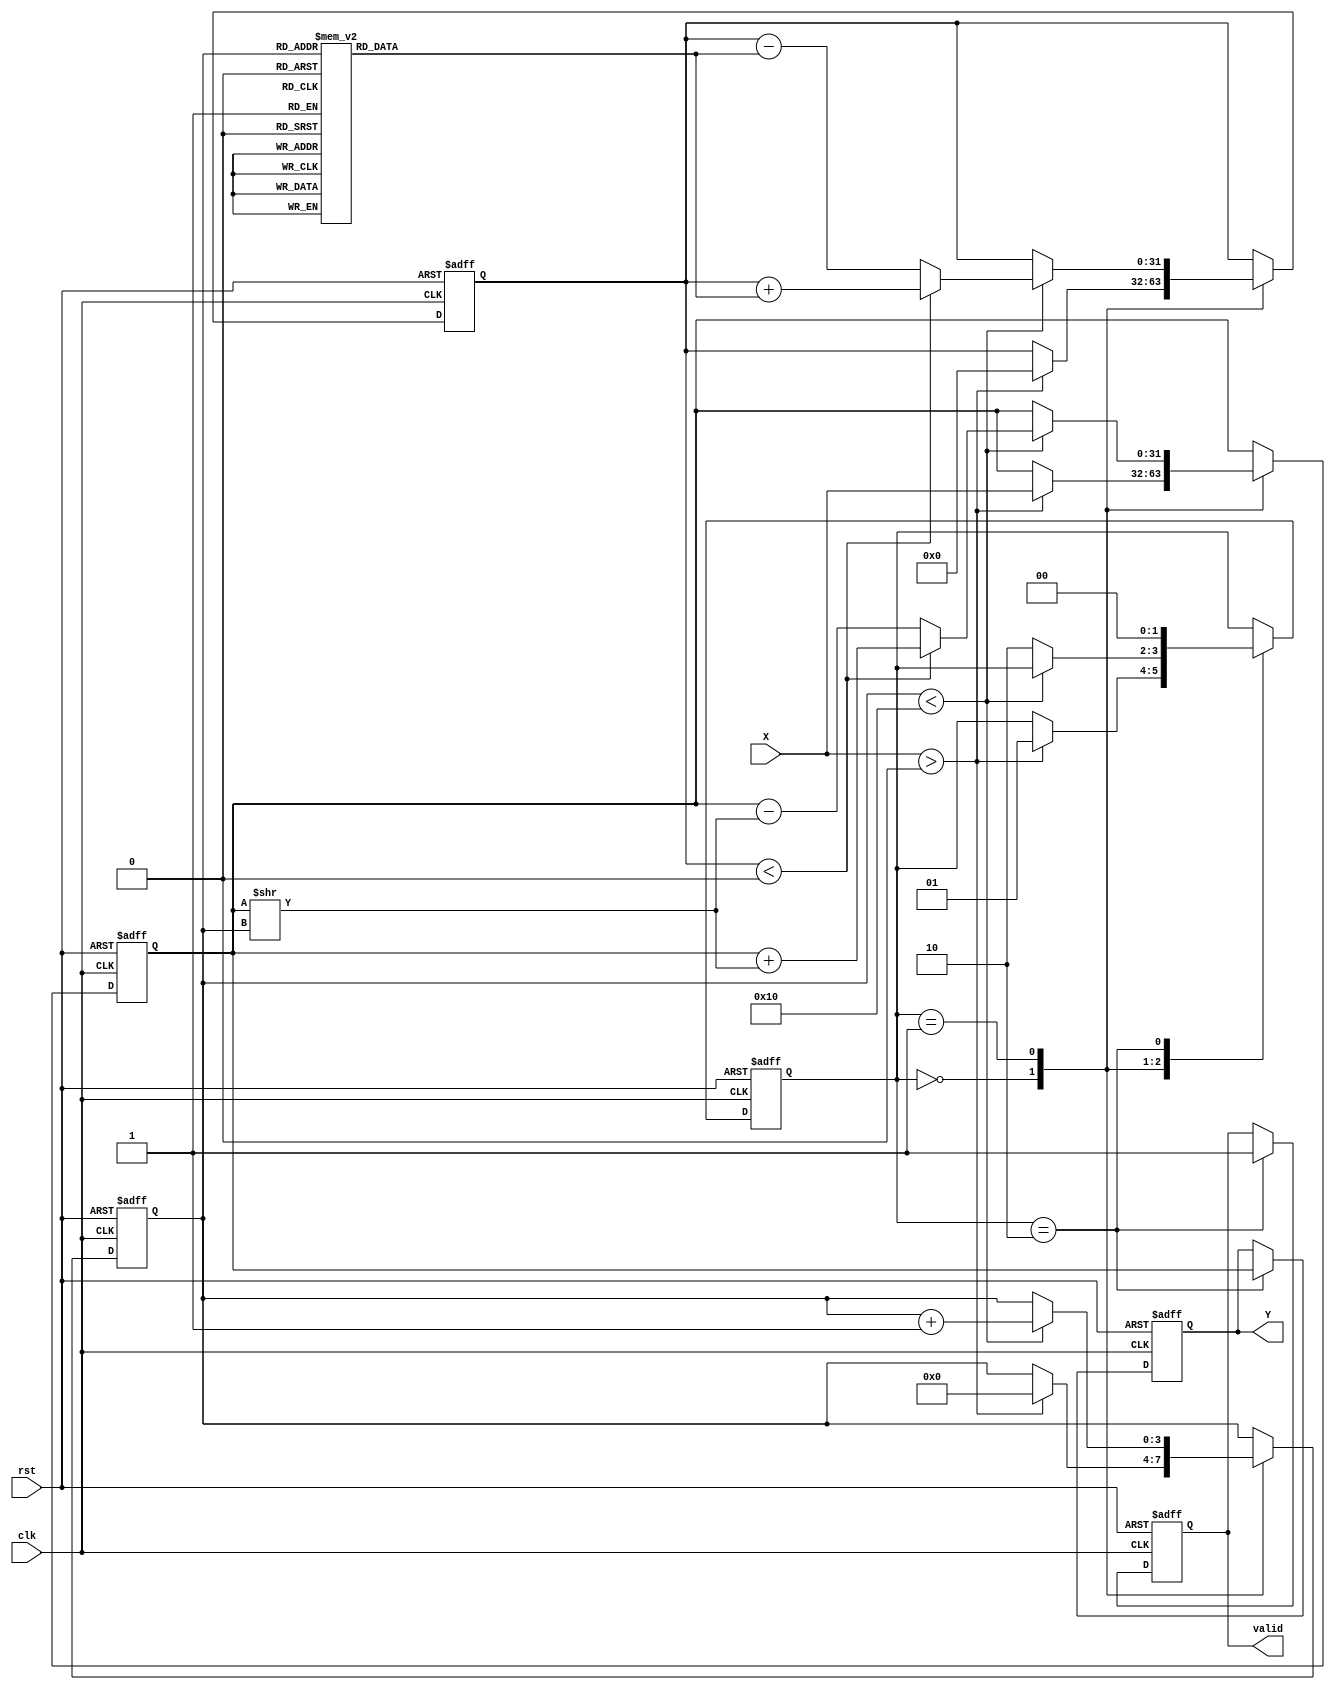
module cordic_sqrt (
    input wire clk,
    input wire rst,
    input wire [31:0] X,        // Input value for square root (positive fixed-point number)
    output reg [31:0] Y,        // Output square root result
    output reg valid            // Output valid signal
);
    
    parameter MAX_ITERATIONS = 16;  // Set the desired number of iterations for convergence
    
    reg [31:0] A;                 // Current approximation of the square root
    reg [31:0] Z;                 // Intermediate value (angle in CORDIC)
    reg [3:0] iter_count;         // Counter for iterations
    reg [1:0] state;              // FSM state
    reg [31:0] atan_lut [0:15];   // Lookup table for atan values (scaled)
    
    localparam STATE_INIT = 2'b00;
    localparam STATE_ITERATE = 2'b01;
    localparam STATE_DONE = 2'b10;

    // Initialize the arctangent lookup table
    initial begin
        atan_lut[0]  = 32'h3F000000; // atan(1) = /4
        atan_lut[1]  = 32'h3E2AAAAB; // atan(0.5) = /6
        atan_lut[2]  = 32'h3D29F6A2; // atan(0.25) = /12
        atan_lut[3]  = 32'h3C91CC24; // atan(0.125) = /24
        atan_lut[4]  = 32'h3C08F5C2; // atan(0.0625) = /48
        // Additional values can be populated for higher accuracy
    end

    // FSM for state control
    always @(posedge clk or posedge rst) begin
        if (rst) begin
            // Reset state
            Y <= 32'h0;
            valid <= 1'b0;
            state <= STATE_INIT;
            iter_count <= 0;
            A <= 0;
            Z <= 0;
        end else begin
            case (state)
                STATE_INIT: begin
                    // Initialization state
                    if (X > 0) begin
                        A <= X;  // Initial approximation
                        Z <= 0;  // Angle initialization
                        iter_count <= 0;
                        state <= STATE_ITERATE;
                    end
                end
                
                STATE_ITERATE: begin
                    // CORDIC iteration process
                    if (iter_count < MAX_ITERATIONS) begin
                        // CORDIC iterative rotation
                        if (Z < 0) begin
                            A <= A + (A >> (iter_count)); // Rotate left
                            Z <= Z + atan_lut[iter_count];
                        end else begin
                            A <= A - (A >> (iter_count)); // Rotate right
                            Z <= Z - atan_lut[iter_count];
                        end
                        iter_count <= iter_count + 1;
                    end else begin
                        // All iterations complete
                        state <= STATE_DONE;
                    end
                end
                
                STATE_DONE: begin
                    // Output the result
                    Y <= A;  // Store the final approximation in Y
                    valid <= 1'b1; // Set valid signal
                    state <= STATE_INIT; // Reset FSM for next input
                end
            endcase
        end
    end

endmodule